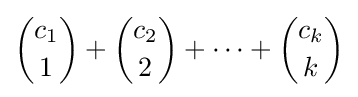
{\binom {c_{1}}{1}}+{\binom {c_{2}}{2}}+\cdots +{\binom {c_{k}}{k}}